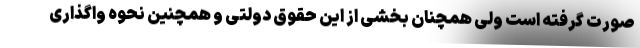
صورت گرفته است ولی همچنان بخشی از این حقوق دولتی و همچنین نحوه واگذاری